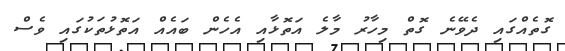
ގޮތެއްގައި ދެވޭނެ ގޮތް މިހާރު މާލެ އަތޮޅާއި އެހެން ބައެއް އަތޮޅުތަކުގައި ވެސް